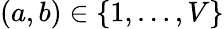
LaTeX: (a,b)\in\{ 1,\dots,V\}